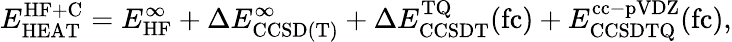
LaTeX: E_{\mathrm{HEAT}}^{\mathrm{HF+C}}=E_{\mathrm{HF}}^{\infty}+\Delta E_{\mathrm{CCSD(T)}}^{\infty}+\Delta E_{\mathrm{CCSDT}}^{\mathrm{TQ}}(\mathrm{fc})+E_{\mathrm{CCSDTQ}}^{\mathrm{cc-pVDZ}}(\mathrm{fc}),